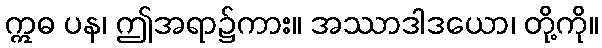
ဣဓ ပန၊ ဤအရာ၌ကား။ အဿာဒါဒယော၊ တို့ကို။